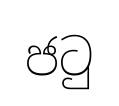
ජටු